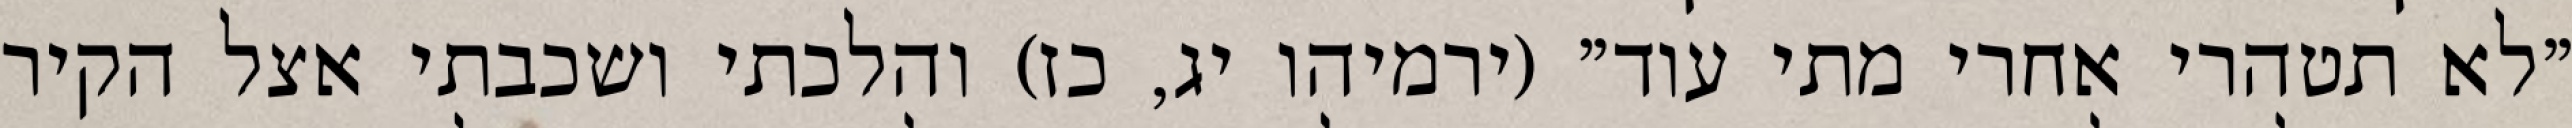
"לא תטהרי אחרי מתי עוד" (ירמיהו יג, כז) והלכתי ושכבתי אצל הקיר